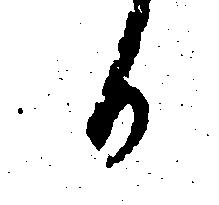
か